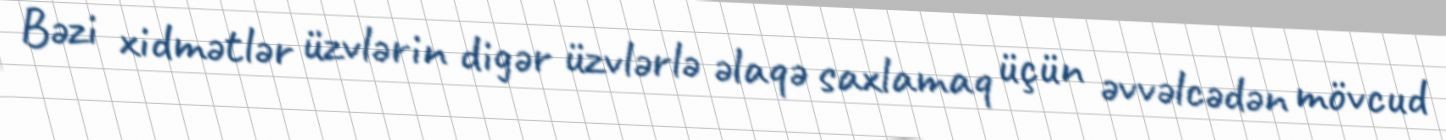
Bəzi xidmətlər üzvlərin digər üzvlərlə əlaqə saxlamaq üçün əvvəlcədən mövcud